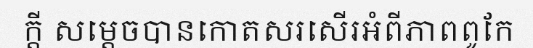
ក្តី សម្តេចបានកោតសរសើរអំពីភាពពូកែ